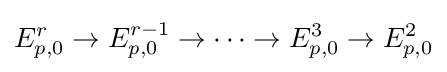
E_{p,0}^{r}\to E_{p,0}^{r-1}\to \dots \to E_{p,0}^{3}\to E_{p,0}^{2}